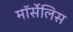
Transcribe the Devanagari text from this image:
मॉर्सेलिस